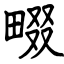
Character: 畷